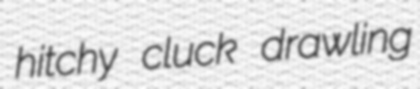
hitchy cluck drawling